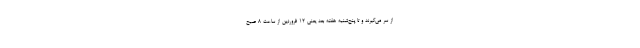
از سر می‌گیرند و تا پنج‌شنبه هفته بعد یعنی 12 فروردین از ساعت 8 صبح